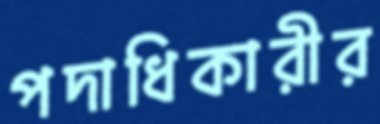
পদাধিকারীর